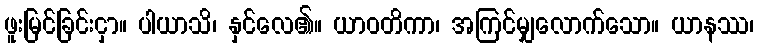
ဖူးမြင်ခြင်းငှာ။ ပါယာသိ၊ နှင်လေ၏။ ယာဝတိကာ၊ အကြင်မျှလောက်သော။ ယာနဿ၊